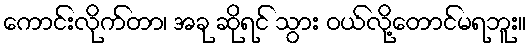
ကောင်းလိုက်တာ၊ အခု ဆိုရင် သွား ဝယ်လို့တောင်မရဘူး။